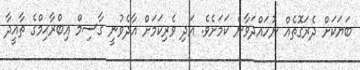
ބަޔަކަށް ދެރަގޮތެއް ނުހައްދަވާނެ ކަމަށެވެ. އަދި ވެރިކަމަށް އާދެވުނީ ގާސިމް އިބްރާޙިމްގެ ތާއީދާ